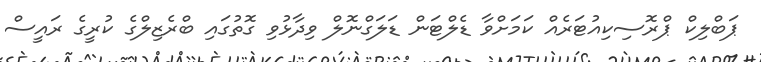
ޕަބްލިކް ޕްރޮސިކިއުޓަރެއް ކަމަށްވާ ޑެލްޓަން ޑަލަގްނޮލް ވިދާޅުވި ގޮތުގައި ބްރެޒިލްގެ ކުރީގެ ރައީސް